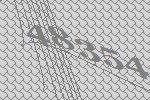
48354